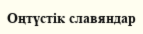
Оңтүстік славяндар